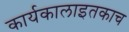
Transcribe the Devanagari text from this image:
कार्यकालाइतकाच